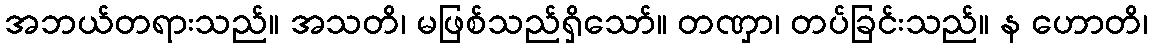
အဘယ်တရားသည်။ အသတိ၊ မဖြစ်သည်ရှိသော်။ တဏှာ၊ တပ်ခြင်းသည်။ န ဟောတိ၊